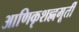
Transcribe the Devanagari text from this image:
आणिकृशह्णमूर्ती